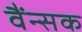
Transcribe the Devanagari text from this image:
वैंन्सक